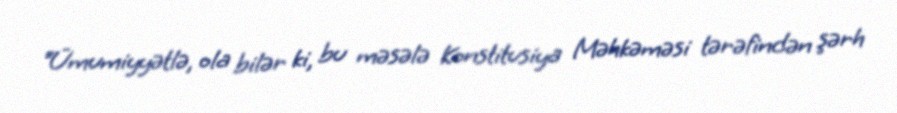
“Ümumiyyətlə, ola bilər ki, bu məsələ Konstitusiya Məhkəməsi tərəfindən şərh